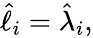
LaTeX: \begin{array}{r}{\hat{\ell}_{i}=\hat{\lambda}_{i},}\end{array}